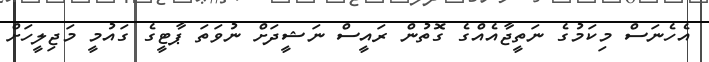
އެހެނަސް މިކަމުގެ ނަތީޖާއެއްގެ ގޮތުން ރައީސް ނަޝީދަށް ނުވަތަ ޕާޓީގެ ގައުމީ މަޖިލީހަށް